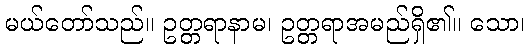
မယ်တော်သည်။ ဥတ္တရာနာမ၊ ဥတ္တရာအမည်ရှိ၏။ သော၊